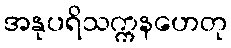
အနုပရိသက္ကနဟေတု